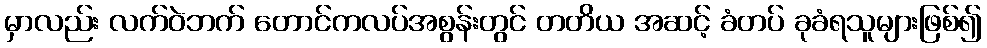
မှာလည်း လက်ဝဲဘက် တောင်ကလပ်အစွန်းတွင် တတိယ အဆင့် ခံတပ် ခုခံရသူများဖြစ်၍